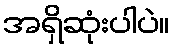
အရှိဆုံးပါပဲ။